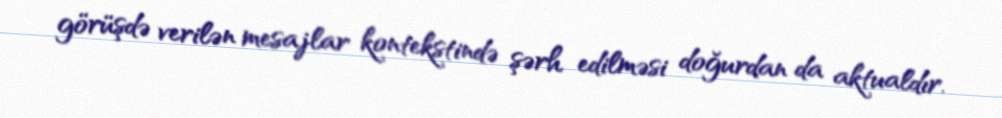
görüşdə verilən mesajlar kontekstində şərh edilməsi doğurdan da aktualdır.